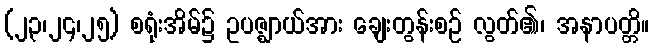
(၂၃၊၂၄၊၂၅) စရုံးအိမ်၌ ဥပဇ္ဈာယ်အား ချေးတွန်းစဉ် လွတ်၏၊ အနာပတ္တိ။